Lunatic asylums Punjab 1911-1921 - 1911-1921
Year: 1911
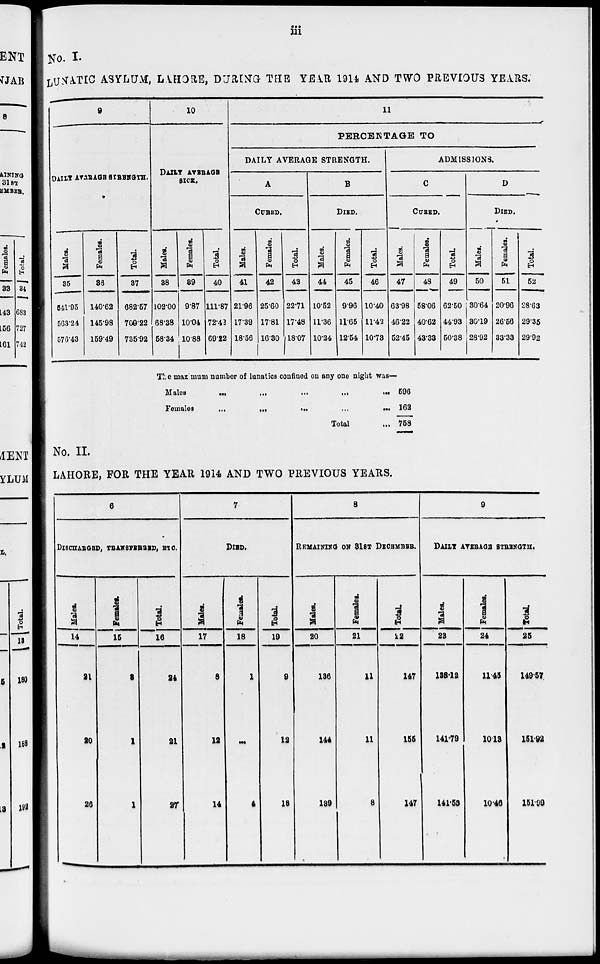
iii
No. I.
LUNATIC ASYLUM, LAHORE, DURING THE YEAR 1914 AND TWO PREVIOUS YEARS.
9
DAILY AVERAGE STRBENGTH.
Males.
35
541.95
563.24
576.43
Females.
36
140.62
145.98
159.49
Total.
37
682.57
709.22
735.92
10
DAILY AVERAGE
SICK.
Males.
38
102.00
63.38
58.34
Females.
39
9.87
10.04
10.88
Total.
40
111.87
72.42
69.22
11
PERCENTAGE TO
DAILY AVERAGE STRENGTH.
A
CURED.
Males.
41
21.96
17.39
18.56
Females.
42
25.60
17.81
16.30
Total.
43
22.71
17.48
18.07
B
DIED.
Males.
44
10.52
11.36
10.24
Females.
45
9.96
11.65
12.54
Total.
46
10.40
11.42
10.73
ADMISSIONS.
C
CURED.
Males.
47
63.98
46.22
52.45
Females.
48
58.06
40.62
43.33
Total
49
62.50
44.93
50.38
D
DIED.
Males.
50
30.64
30.19
28.92
Females.
51
20.96
26.56
33.33
Total.
52
28.63
29.35
29.92
The max mum number of lunatics confined on any one night was—
Males
...
...
...
...
...
Females
...
...
...
...
...
Total ...
596
162
758
No. II.
LAHORE, FOR THE YEAR 1914 AND TWO PREVIOUS YEARS.
6
DISCHARGED, TRANSFERRED, ETC.
Males.
14
21
20
26
Females.
15
3
1
1
Total.
16
24
21
27
7
DIED.
Males.
17
8
12
14
Females.
18
1
...
4
Total.
19
9
12
18
8
REMAINING ON 31ST DECEMBER.
Males.
20
136
144
139
Females.
21
11
11
8
Total.
22
147
155
147
9
DAILY AVERAGE STRENGTH.
Males.
23
138.12
141.79
141.53
Females.
24
11.45
10.13
10.46
Total.
25
149.57
151.92
151.99